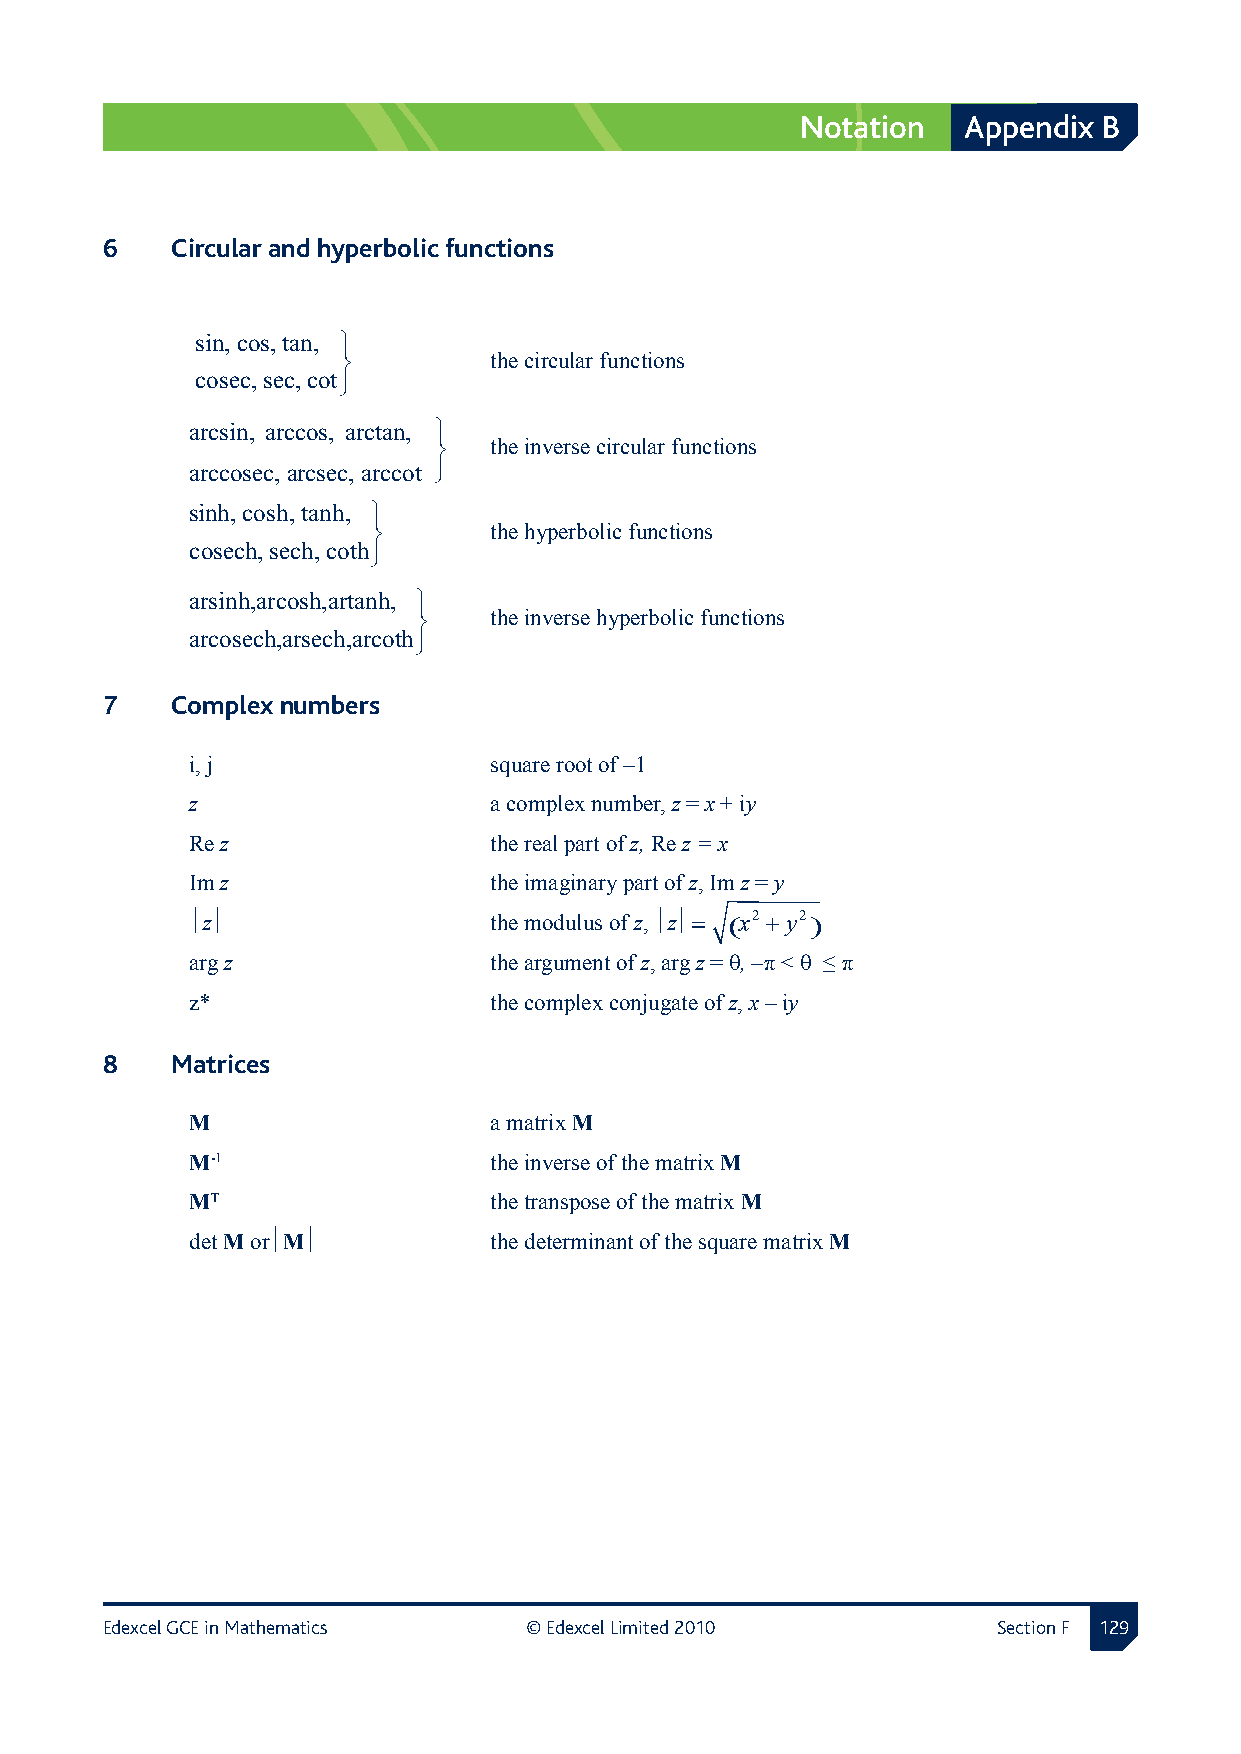
Notation   Appendix B
 6  Circular and hyperbolic functions 
 sin, cos, tan, 
          the circular functions
 cosec, sec, cot
 arcsin, arccos, arctan, 
   the inverse circular functions
 arccosec, arcsec, arccot 
 sinh, cosh, tanh, 
       the hyperbolic functions
 cosech, sech, coth
 arsinh,arcosh,artanh, 
    the inverse hyperbolic functions
 arcosech,arsech,arcoth
 7  Complex numbers
 i, j               square root of –1
 z                  a complex number, z = x + iy
 Re z               the real part of z, Re z = x
 Im z               the imaginary part of z, Im z = y
 z                the modulus of z, z z = (x2 + y2)
 arg z              the argument of z, arg z = θ, –π < θ ≤ π
 z*                 the complex conjugate of z, x – iy
 8  Matrices
 M                  a matrix M
 M‑1                the inverse of the matrix M
 MT                 the transpose of the matrix M
 det M orM        the determinant of the square matrix M
 Edexcel GCE in Mathematics  © Edexcel Limited 2010         Section F 12